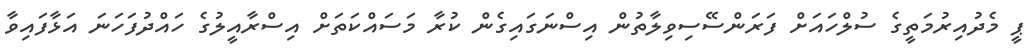
ޕީ މެދުއިރުމަތީގެ ސުލްހައަށް ފަރަންސޭސިވިލާތުން އިސްނަގައިގެން ކުރާ މަސައްކަތަށް އިސްރާއީލުގެ ހައްދުފަހަނަ އަޅާފައިވާ